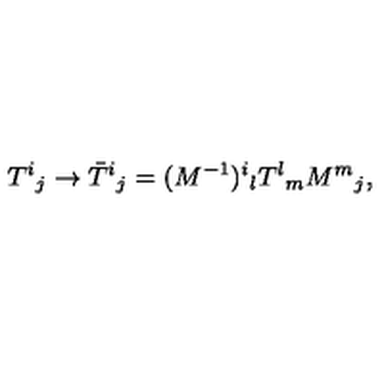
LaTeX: T ^ { i } { } _ { j } \rightarrow \bar { T } ^ { i } { } _ { j } = ( M ^ { - 1 } ) ^ { i } { } _ { l } T ^ { l } { } _ { m } M ^ { m } { } _ { j } ,